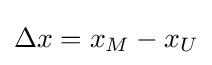
\Delta {x}=x_{M}-x_{U}